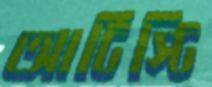
আর্টিস্টি